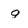
Character: q